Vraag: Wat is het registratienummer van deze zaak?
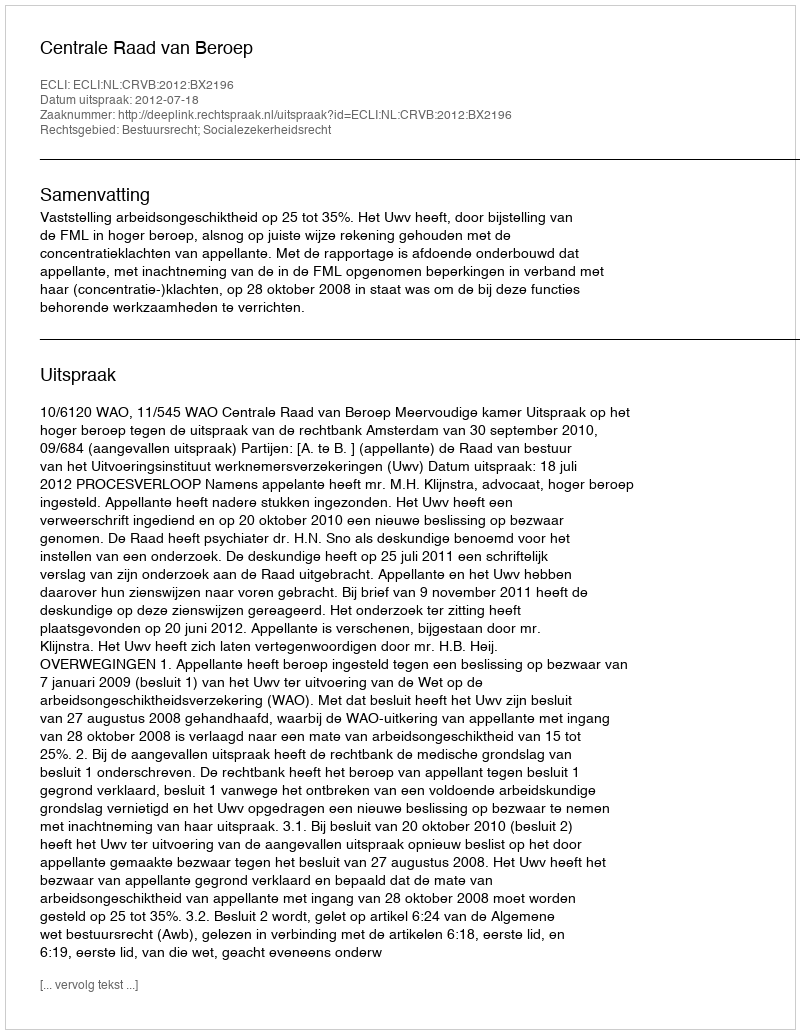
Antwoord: http://deeplink.rechtspraak.nl/uitspraak?id=ECLI:NL:CRVB:2012:BX2196